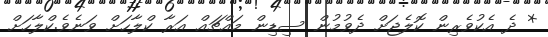
* ދެ އެކުވެރިން ކޮލެޖަށް ދެވުމުން ސިޑިން މައްޗައް އަރާ ކްލާހަށް ވަނެވެ.ކްލާހަށް